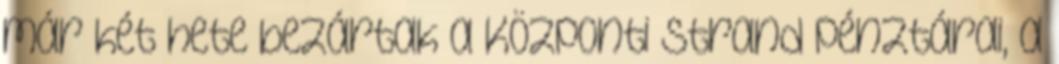
már két hete bezártak a Központi strand pénztárai, a